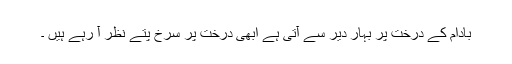
بادام کے درخت پر بہار دیر سے آتی ہے ابھی درخت پر سرخ پتّے نظر آ رہے ہیں ۔